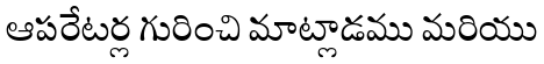
ఆపరేటర్ల గురించి మాట్లాడము మరియు